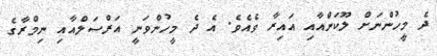
ދެ މީހުންނަށް ލޫކަންއާއި އައިރާ ވެއެވެ. އެ ދެ މީހުންވަނީ އަރްސަލްއާއި ނިމްރާގެ